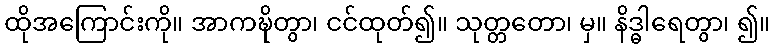
ထိုအကြောင်းကို။ အာကဍ္ဎိတွာ၊ ငင်ထုတ်၍။ သုတ္တတော၊ မှ။ နိဒ္ဓါရေတွာ၊ ၍။